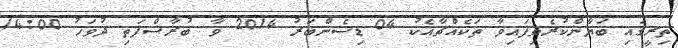
ތިރީގައި ބަޔާންކުރެވިފައިވާ ތަކެއްޗާއެކު 04 ޑިސެންބަރު 2014 ވާ ބުރާސްފަތި ދުވަހު 14:00